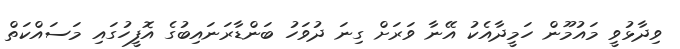
ވިދާޅުވީ މައުމޫން ހަމީދާއެކު އޭނާ ވަރަށް ގިނަ ދުވަހު ބަންޑާރަނައިބުގެ އޮފީހުގައި މަސައްކަތް